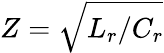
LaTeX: {Z=\sqrt{L_{r}/C_{r}}}